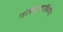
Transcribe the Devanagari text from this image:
गोत्रंबुलान्नियेनी